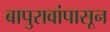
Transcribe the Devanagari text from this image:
बापुरावांपासून